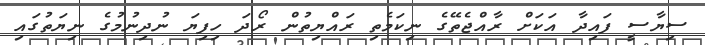
ސިޔާސީ ފައިދާ އަކަށް ރާއްޖެތޭގެ ނިިކަމެތި ރައްޔިތުން ރޯދަ ހިފިޔަ ނުދިނުމުގެ ނިޔަތުގައި